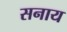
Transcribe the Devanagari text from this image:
सनाय